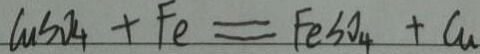
C u S O _ { 4 } + F e = F e S O _ { 4 } + C u